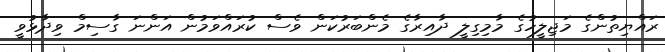
ރައްޔިތުންގެ މަޖިލީހުގެ މާމިގިލީ ދާއިރާގެ މެންބަރުކަން ވެސް ކުރައްވަމުން އަންނަ ގާސިމް ވިދާޅުވީ